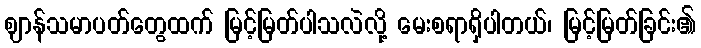
ဈာန်သမာပတ်တွေထက် မြင့်မြတ်ပါသလဲလို့ မေးစရာရှိပါတယ်၊ မြင့်မြတ်ခြင်း၏